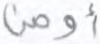
أومن